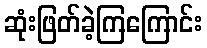
ဆုံးဖြတ်ခဲ့ကြကြောင်း